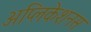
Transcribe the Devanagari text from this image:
अप्लिकेशनस